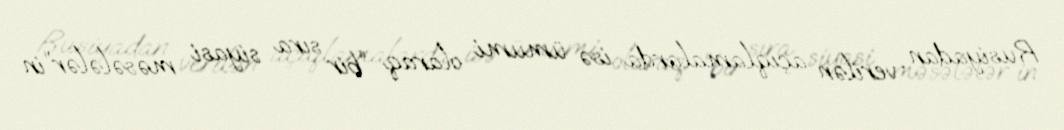
Rusiyadan verilən açıqlamalarda isə ümumi olaraq “bir sıra siyasi məsələlər”in